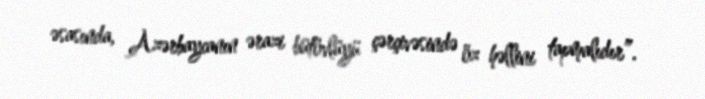
əsasında, Azərbaycanın ərazi bütövlüyü çərçivəsində öz həllini tapmalıdır”.